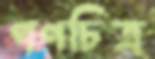
গণচিত্র